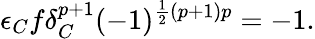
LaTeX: \epsilon_{C}f\delta_{C}^{p+1}(-1)^{\frac 12(p+1)p}=-1.